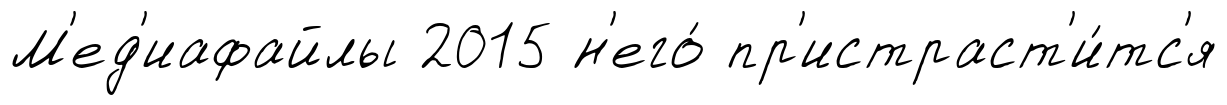
М'ед'иафайлы 2015 н'его́ пр'истраст'и́тс'я